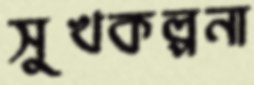
সুখকল্পনা